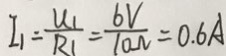
I _ { 1 } = \frac { U _ { 1 } } { R _ { 1 } } = \frac { 6 V } { 1 0 \Omega } = 0 . 6 A